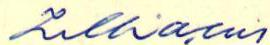
Zilliacus